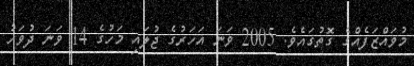
މުވައްޒަފެއްގެ ގޮތުގައެވެ. 2005 ވަނަ އަހަރުގެ ޖުލައި މަހުގެ 14 ވަނަ ދުވަހު